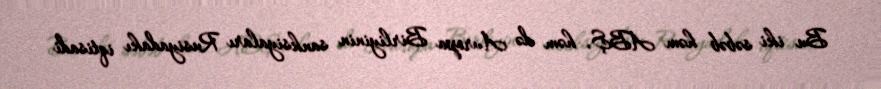
Bu iki səbəb həm ABŞ, həm də Avropa Birliyinin sanksiyaları Rusiyadakı iqtisadi